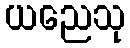
ယညေသု